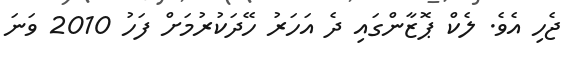
ޖެހި އެވެ. ލެކް ޕޮޒާންގައި ދެ އަހަރު ހޭދަކުރުމަށް ފަހު 2010 ވަނަ